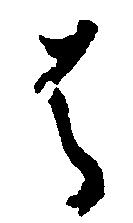
は